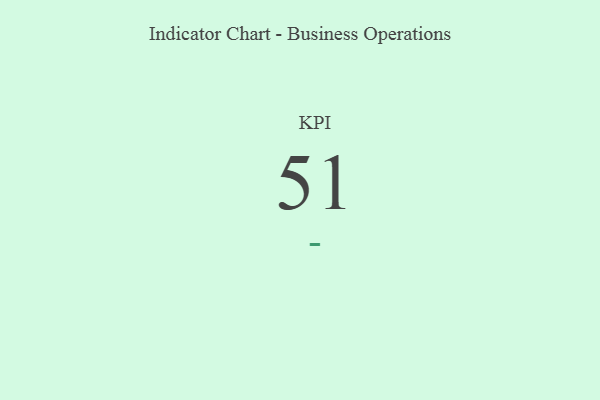
{"axis": {"x": "KPI", "y": "Value"}, "legend": [""], "data": [{"x": "KPI", "y": 51, "type": ""}]}